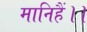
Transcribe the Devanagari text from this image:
मानिहैं।।